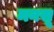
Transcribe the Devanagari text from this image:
मनसू